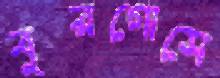
বুরগোসে